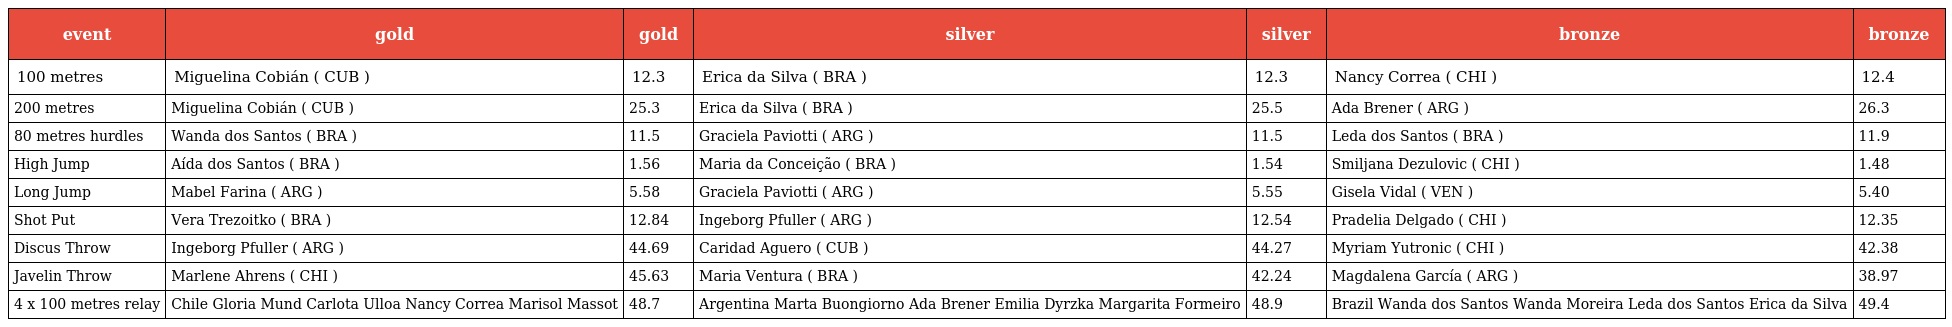
| event | gold | gold | silver | silver | bronze | bronze |
 | --- | --- | --- | --- | --- | --- | --- |
 | 100 metres | Miguelina Cobián ( CUB ) | 12.3 | Erica da Silva ( BRA ) | 12.3 | Nancy Correa ( CHI ) | 12.4 |
 | 200 metres | Miguelina Cobián ( CUB ) | 25.3 | Erica da Silva ( BRA ) | 25.5 | Ada Brener ( ARG ) | 26.3 |
 | 80 metres hurdles | Wanda dos Santos ( BRA ) | 11.5 | Graciela Paviotti ( ARG ) | 11.5 | Leda dos Santos ( BRA ) | 11.9 |
 | High Jump | Aída dos Santos ( BRA ) | 1.56 | Maria da Conceição ( BRA ) | 1.54 | Smiljana Dezulovic ( CHI ) | 1.48 |
 | Long Jump | Mabel Farina ( ARG ) | 5.58 | Graciela Paviotti ( ARG ) | 5.55 | Gisela Vidal ( VEN ) | 5.40 |
 | Shot Put | Vera Trezoitko ( BRA ) | 12.84 | Ingeborg Pfuller ( ARG ) | 12.54 | Pradelia Delgado ( CHI ) | 12.35 |
 | Discus Throw | Ingeborg Pfuller ( ARG ) | 44.69 | Caridad Aguero ( CUB ) | 44.27 | Myriam Yutronic ( CHI ) | 42.38 |
 | Javelin Throw | Marlene Ahrens ( CHI ) | 45.63 | Maria Ventura ( BRA ) | 42.24 | Magdalena García ( ARG ) | 38.97 |
 | 4 x 100 metres relay | Chile Gloria Mund Carlota Ulloa Nancy Correa Marisol Massot | 48.7 | Argentina Marta Buongiorno Ada Brener Emilia Dyrzka Margarita Formeiro | 48.9 | Brazil Wanda dos Santos Wanda Moreira Leda dos Santos Erica da Silva | 49.4 |